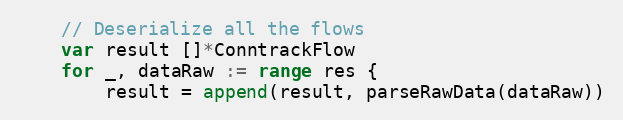
Language: Go
	// Deserialize all the flows
	var result []*ConntrackFlow
	for _, dataRaw := range res {
		result = append(result, parseRawData(dataRaw))